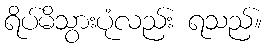
ရိပ်မိသွားပုံလည်း ရသည်။